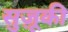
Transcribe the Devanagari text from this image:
सुज़ूकी